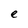
Character: e